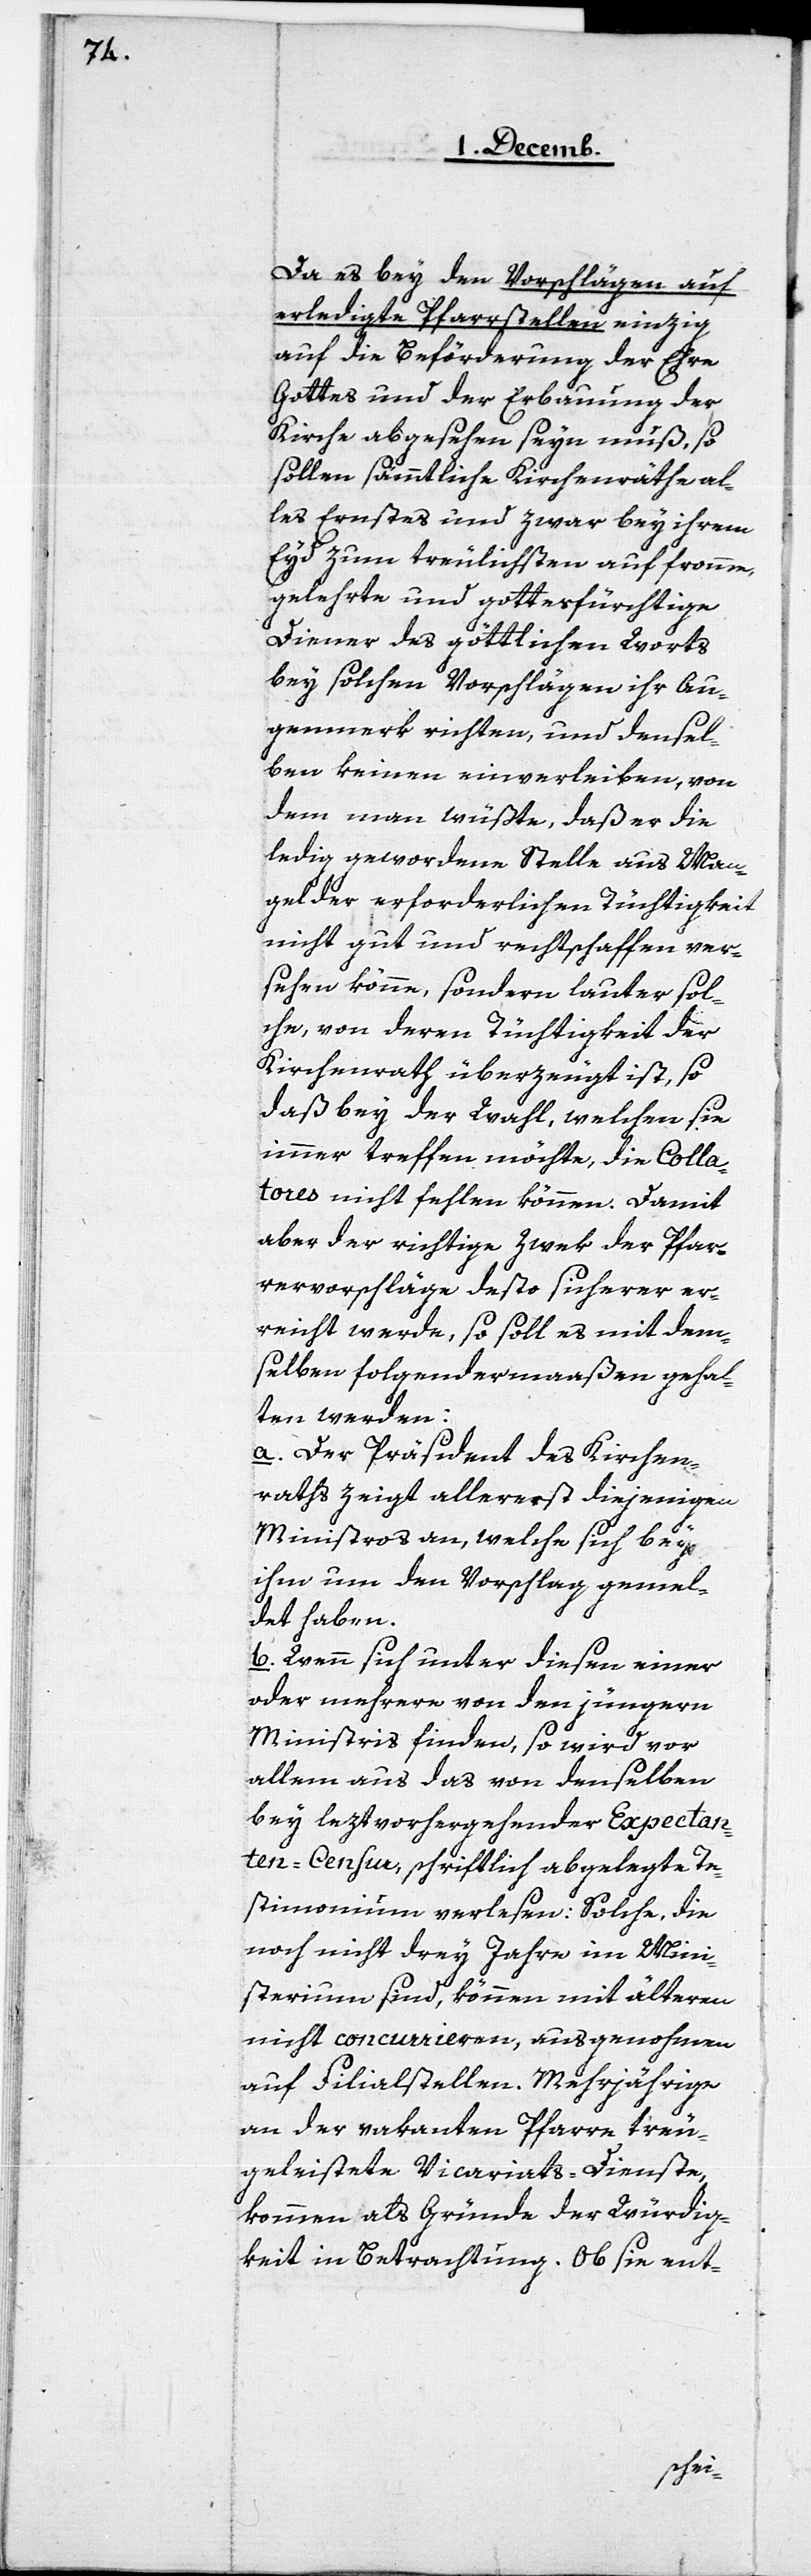
Da es bey den Vorschlägen auf
erledigte Pfarrstellen einzig
auf die Beförderung der Ehre
Gottes und der Erbauung der
Kirche abgesehen seyn muß, so
sollen sämmtliche Kirchenräthe al¬
les Ernstes und zwar bey ihrem
Eyd zum treulichsten auf fromme,
gelehrte und gottesfürchtige
Diener des göttlichen Worts
bey solchen Vorschlägen ihr Au¬
genmerk richten, und densel¬
ben keinen einverleiben, von
dem man wüßte, daß er die
ledig gewordene Stelle aus Man¬
gel der erforderlichen Tüchtigkeit
nicht gut und rechtschaffen ver¬
sehen könne, sondern lauter sol¬
che, von deren Tüchtigkeit der
Kirchenrath überzeugt ist, so
daß bey der Wahl, welchen sie
immer treffen möchte, die Colla¬
tores nicht fehlen können. Damit
aber der richtige Zwek der Pfar¬
rervorschläge desto sicherer er¬
reicht werde, so soll es mit dem¬
selben folgendermaßen gehal¬
ten werden:
a. Der Präsident des Kirchen¬
raths zeigt allererst diejenigen
Ministros an, welche sich bey
ihm um den Vorschlag gemel¬
det haben.
b. Wenn sich unter diesen einer
oder mehrere von den jüngern
Ministris finden, so wird vor
allem aus das von denselben
bey leztvorhergehender Expectan¬
ten-Censur, schriftlich abgelegte Te¬
stimonium verlesen: Solche, die
noch nicht drey Jahre im Mini¬
sterium sind, können mit älteren
nicht concurrieren, ausgenohmen
auf Filialstellen. Mehrjährige
an der vakanten Pfarre treu
geleistete Vicariats-Dienste,
kommen als Gründe der Würdig¬
keit in Betrachtung. Ob sie ent-